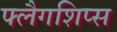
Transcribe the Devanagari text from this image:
फ्लैगशिप्‍स